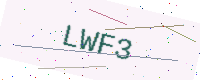
Text: LWF3